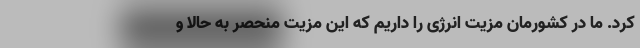
کرد. ما در کشورمان مزیت انرژی را داریم که این مزیت منحصر به حالا و